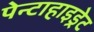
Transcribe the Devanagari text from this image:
पेन्टाहाइड्रेट